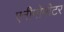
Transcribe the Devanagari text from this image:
एनीमोमीटर